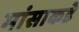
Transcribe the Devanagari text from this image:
मांसाकडे